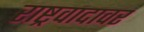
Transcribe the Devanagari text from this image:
राष्ट्रवादावर